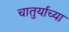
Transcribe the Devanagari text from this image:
चातुर्याच्या